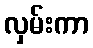
လှမ်းကာ